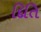
દિતિ